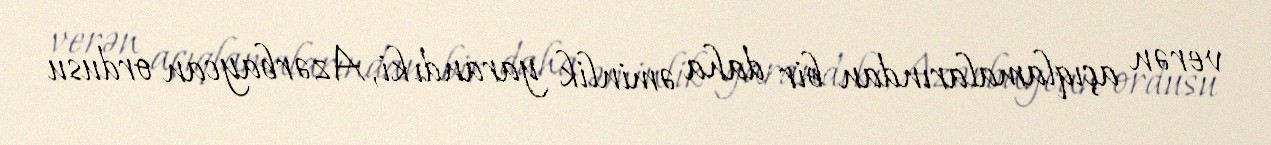
verən açıqlamalarından bir daha əminlik yarandı ki, Azərbaycan ordusu